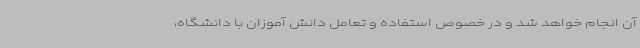
آن انجام خواهد شد و در خصوص استفاده و تعامل دانش آموزان با دانشگاه،